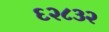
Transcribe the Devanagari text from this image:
६२८३२